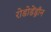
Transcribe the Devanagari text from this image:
रोडोडेंड्राँन